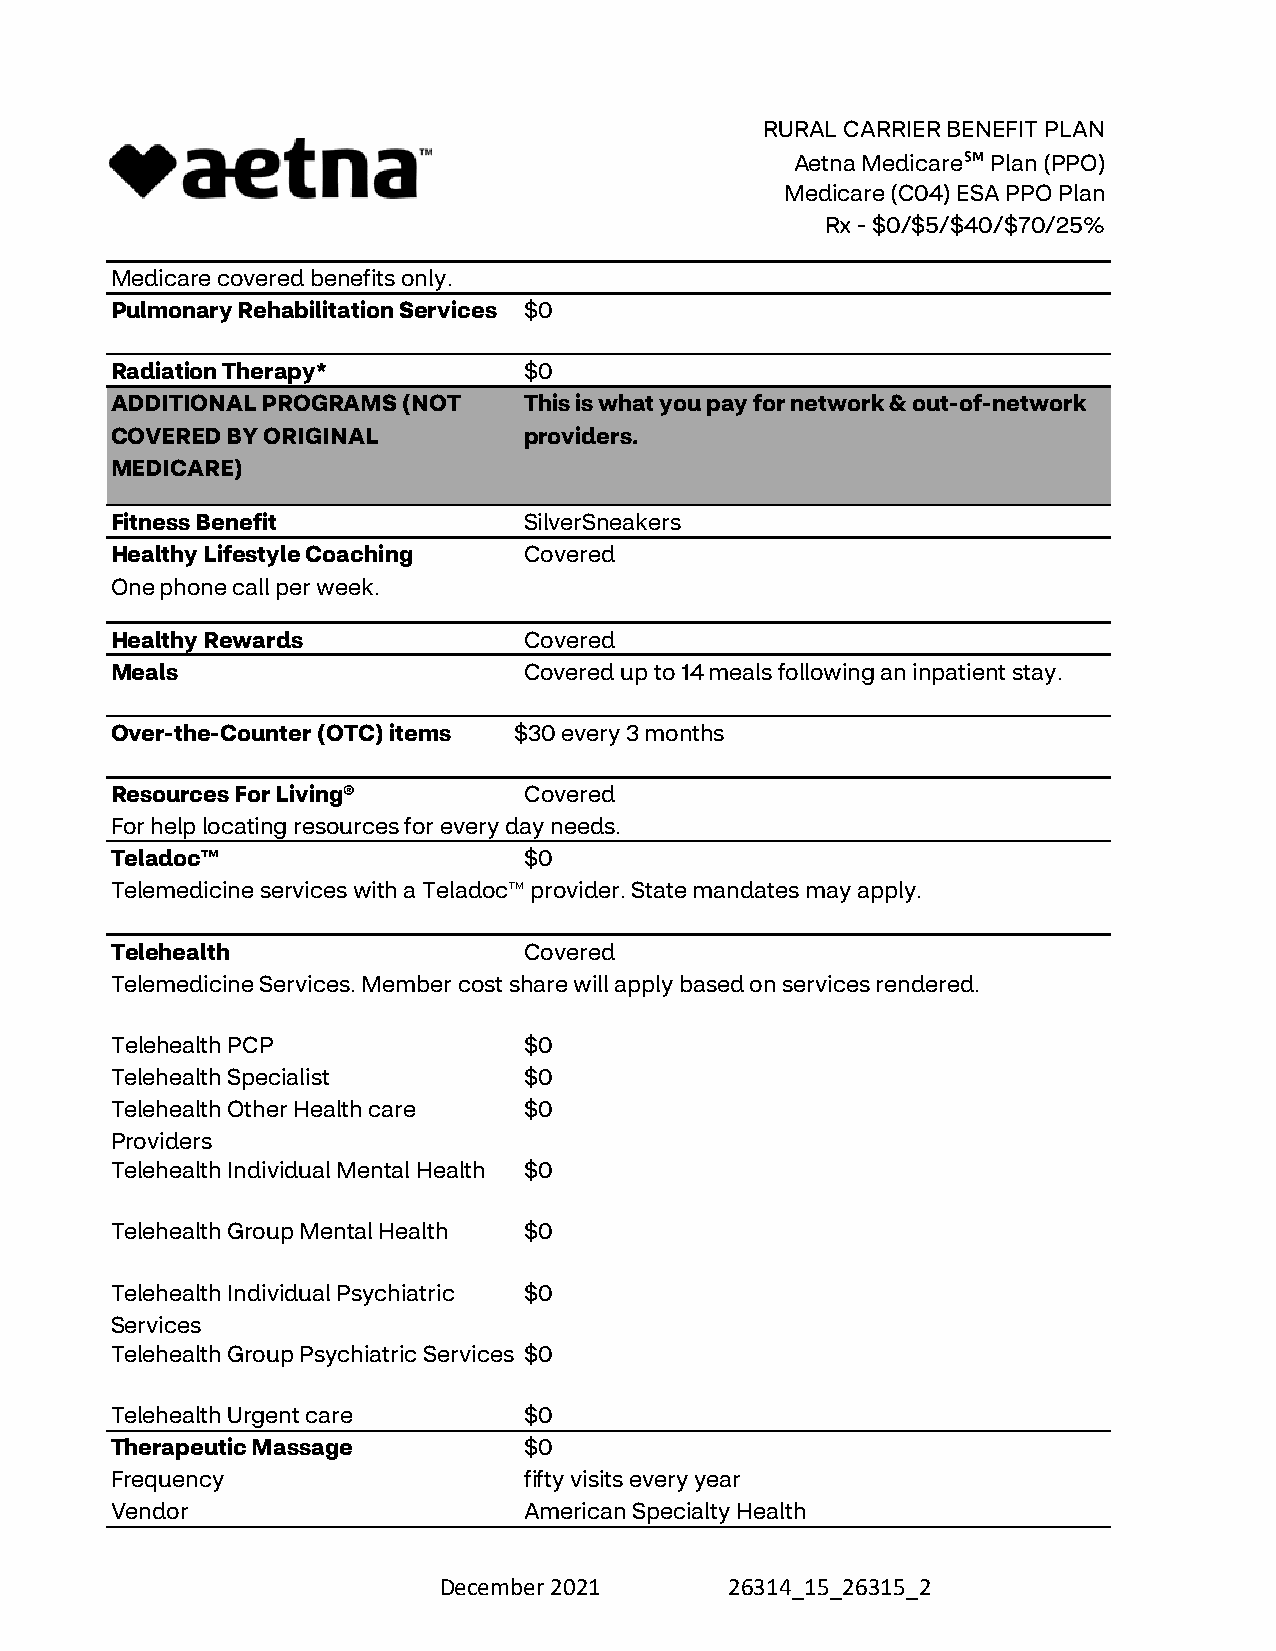
RURAL CARRIER BENEFIT PLAN
 Aetna Medicare℠ Plan (PPO)
 Medicare (C04) ESA PPO Plan
 Rx - $0/$5/$40/$70/25%
 Medicare covered benefits only.
 Pulmonary Rehabilitation Services $0
 Radiation Therapy*         $0
 ADDITIONAL PROGRAMS (NOT   This is what you pay for network & out-of-network
 COVERED BY ORIGINAL        providers.
 MEDICARE)
 Fitness Benefit            SilverSneakers
 Healthy Lifestyle Coaching Covered
 One phone call per week.
 Healthy Rewards            Covered
 Meals                      Covered up to 14 meals following an inpatient stay.
 Over-the-Counter (OTC) items $30 every 3 months
 Resources For Living®      Covered
 For help locating resources for every day needs.
 Teladoc™                   $0
 Telemedicine services with a Teladoc™ provider. State mandates may apply.
 Telehealth                 Covered
 Telemedicine Services. Member cost share will apply based on services rendered.
 Telehealth PCP             $0
 Telehealth Specialist      $0
 Telehealth Other Health care $0
 Providers
 Telehealth Individual Mental Health $0
 Telehealth Group Mental Health $0
 Telehealth Individual Psychiatric $0
 Services
 Telehealth Group Psychiatric Services $0
 Telehealth Urgent care     $0
 Therapeutic Massage        $0
 Frequency                  fifty visits every year
 Vendor                     American Specialty Health
 December 2021      26314_15_26315_2